Indian journal of veterinary science and animal husbandry - Volumes 24-25, 1954-1955
Year: 1954
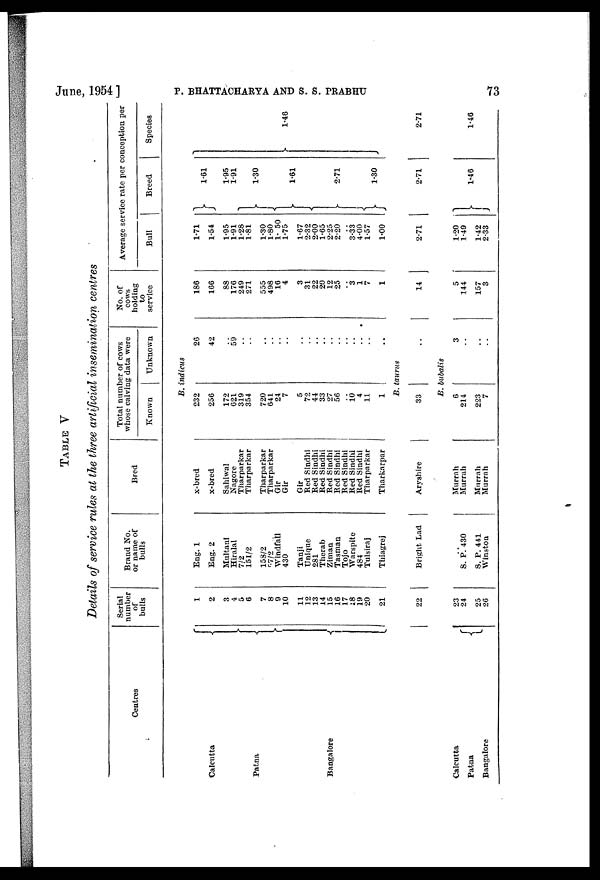
June, 1954 ]
P.
BHATTACHARYA
AND
S.
S.
PRABHU
73
TABLE V
Details of service rules at the three artificial insemination centres
Centres
Serial
number
of
bulls
Brand No.
or name of
bulls
Bred
Total number of cows
whose calving data were
Known
Unknown
No. of
cows
holding
to
service
Average service rate
per conception per
Bull
Breed
Species
B. indicus
Calcutta
patna
Bangalore
1
2
3
4
5
6
7
8
9
10
11
12
13
14
15
16
17
18
19
20
21
Eng. 1
Eng. 2
Multani
Hiralal
7/2
151/2
15S/2
57/2
Windfall
430
Tanji
Unique
281
Therab
Ziman
Tasman
Tojo
Warspite
484
Tulsiraj
Thiagrej
x-bred
x-bred
Sahiwal
Nagore
Tharparkar
Tharparkar
Tharparkar
Tharparkar
Gir
Gir
Gir
Red Sindhi
Red Sindhi
Red Sindhi
Red Sindhi
Red Sindhi
Red Sindhi
Red Sindhi
Red Sindhi
Tharparkar
Tharkarpar
232
256
172
621
319
354
720
641
24
7
5
72
44
33
27
56
..
10 4
11
1
26
42
..
59
..
..
..
..
..
..
..
..
..
..
..
..
..
..
..
..
..
186
166
88
176
249
271
555
498
16
4
3
31
22
20
12
25
..
3
1
7
1
1.71
1.54
1.95
1.91
1.28
1.81
1.30
1.80
1. 50
1.75
1.67
2.32
2.00
1.65
2.25
2.20
3.33
4.00
1.57
1.00
1.61
1.95
1.91
1.30
1.61
2.71
1.30
1.46
B. taurns
22
Bright Lad
Aryshire
33
..
14
2.71
2.71
2.71
B. bubalis
Calcutta
Patna
Bangalore
23
24
25
26
..
S. p.430
S. P. 441
Winston
Murrah
Murrah
Murrah
Murrah
6
214
223
7
3
..
..
..
5
144
157
3
1-20
1.49
1.42
2.33
1.46
1.46